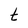
Character: t